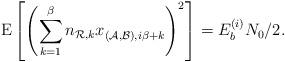
LaTeX: \begin{align*} {\rm E}\left[ \left( \sum\limits_{k = 1}^\beta {n_{\mathcal{R},k} x_{(\mathcal{A},\mathcal{B}),i\beta + k}^{} } \right)^2 \right] = E_b^{(i)} N_0/2.\end{align*}